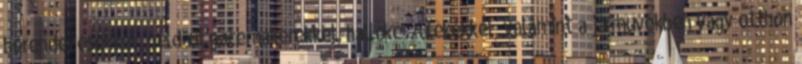
berendezésekkel, például pacemakerekkel, hallókészülékekkel, valamint a járművekben vagy otthon